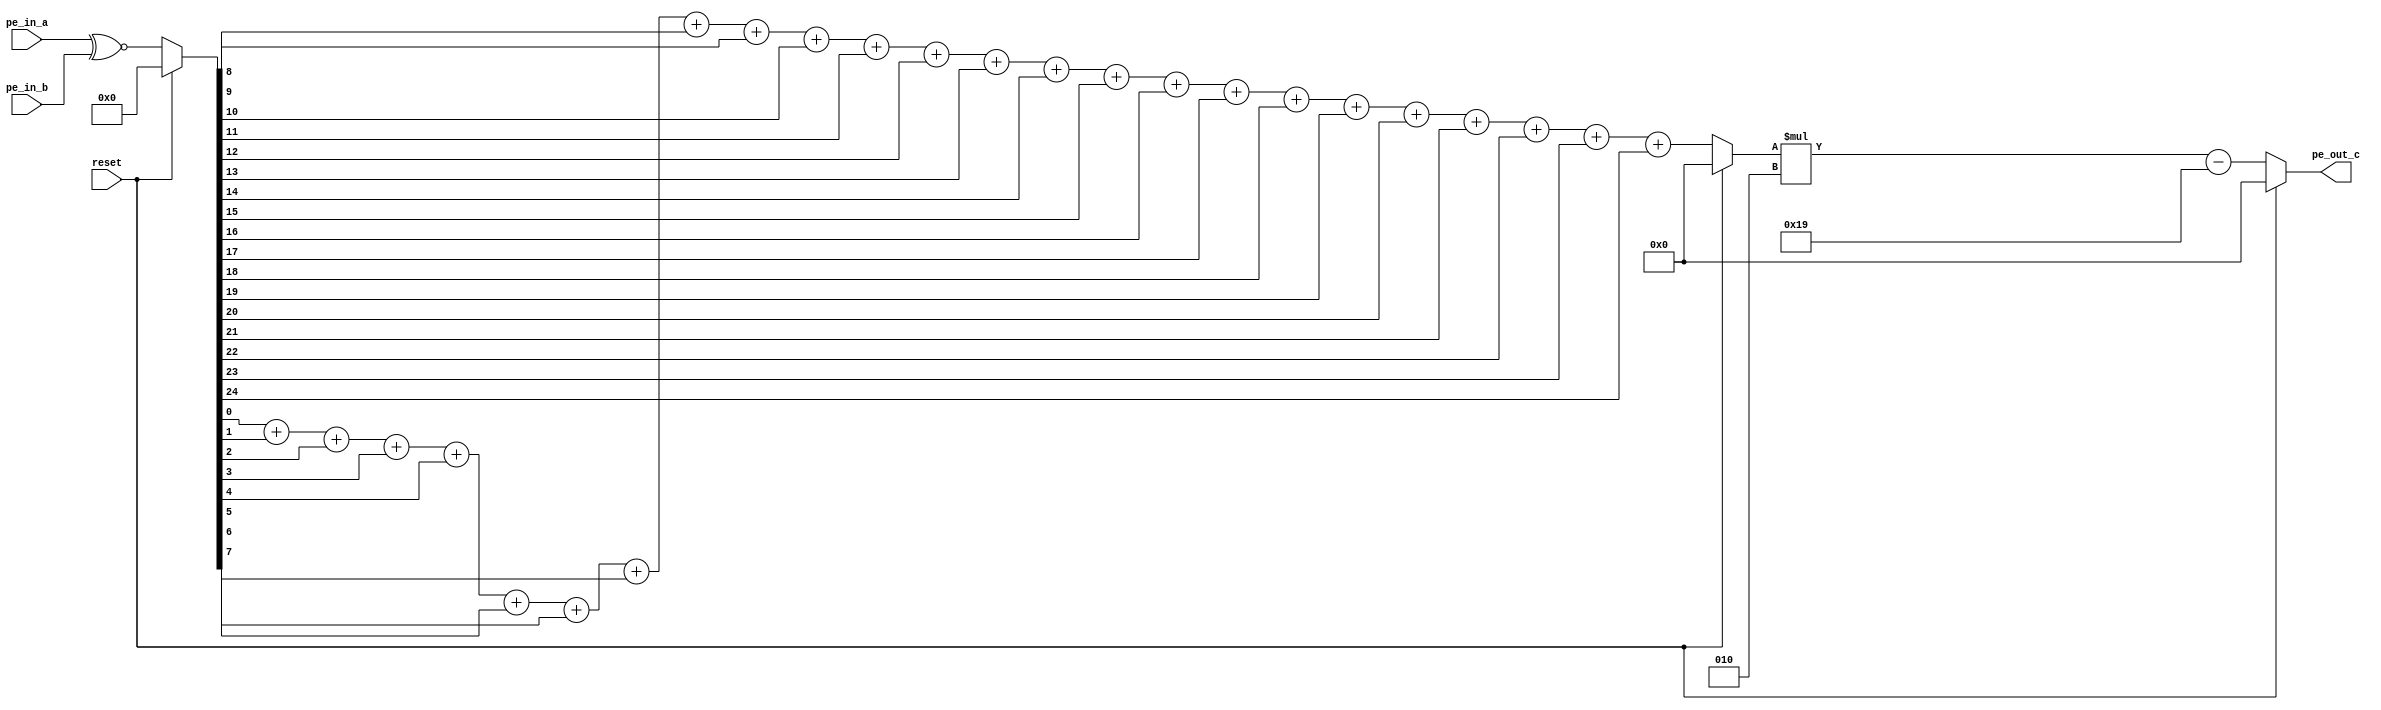
// This is a Helper code for building XNOR specific accelerator
// This do group XNOR and bit count 
// kernel size = 5
// window is 5*5 = 25

module XNORconvHelper
    (
        input wire reset,
        input wire [24:0] pe_in_a,  // input activation
        input wire [24:0] pe_in_b,  // weight

        output wire signed [5:0] pe_out_c
    );
    wire [24:0] tmpxnor;
    wire signed [5:0] tmp;
    assign tmpxnor = reset ? 0 : pe_in_a ^~ pe_in_b;
    assign tmp = reset ? 0 : tmpxnor[0] + tmpxnor[1] + tmpxnor[2] + tmpxnor[3] + tmpxnor[4] + tmpxnor[5] + tmpxnor[6] + tmpxnor[7] + tmpxnor[8] + tmpxnor[9] + tmpxnor[10] + tmpxnor[11] + tmpxnor[12] + tmpxnor[13] + tmpxnor[14] + tmpxnor[15] + tmpxnor[16] + tmpxnor[17] + tmpxnor[18] + tmpxnor[19] + tmpxnor[20] + tmpxnor[21] + tmpxnor[22] + tmpxnor[23] + tmpxnor[24];
    assign pe_out_c = reset ? 0 : tmp*2 - 25;
endmodule